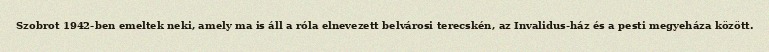
Szobrot 1942-ben emeltek neki, amely ma is áll a róla elnevezett belvárosi terecskén, az Invalidus-ház és a pesti megyeháza között.